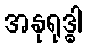
အနုရုဒ္ဓါ